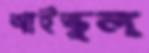
আইস্কুল